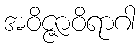
အဝိဇ္ဇာဝိရာဂါ